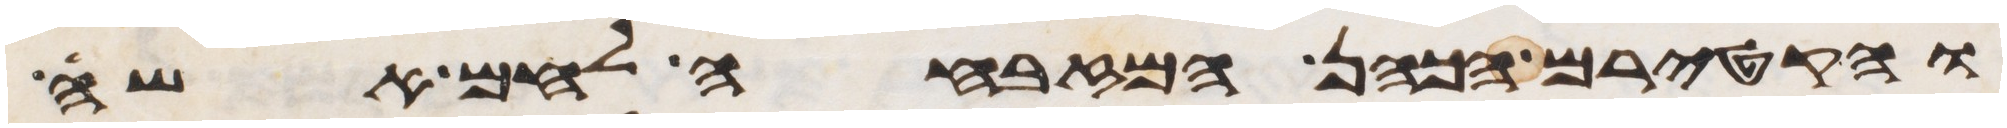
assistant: והקטירם הכהן המזבחה לחם אשה